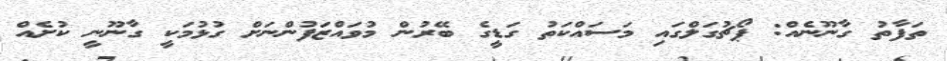
ތަފާތު ގާނޫނެއް: ޕޯޗުގަލްގައި މަސައްކަތު ގަޑީގެ ބޭރުން މުވައްޒަފުންނަށް ގުޅުމަކީ ގާނޫނީ ކުށެއް